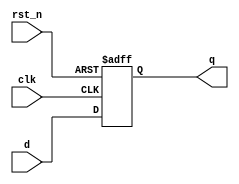
module dff_asyn(	q	,
			d	,
			clk	,
			rst_n	);

output		q	;
input		d	;
input		clk	;
input		rst_n	;

reg		q	;


always @(posedge clk or negedge rst_n ) begin
	if(rst_n==1'b0 ) begin
		q <= 1'b0	;
	end else begin
		q <= d		;
	end
end
endmodule


module dff_syn(	q	,
			d	,
			clk	,
			rst_n	);

output		q	;
input		d	;
input		clk	;
input		rst_n	;

reg		q	;

always@(posedge clk ) begin
	if(rst_n==1'b0 ) begin
		q <= 1'b0	;
	end else begin
		q <= d		;
	end
end
endmodule